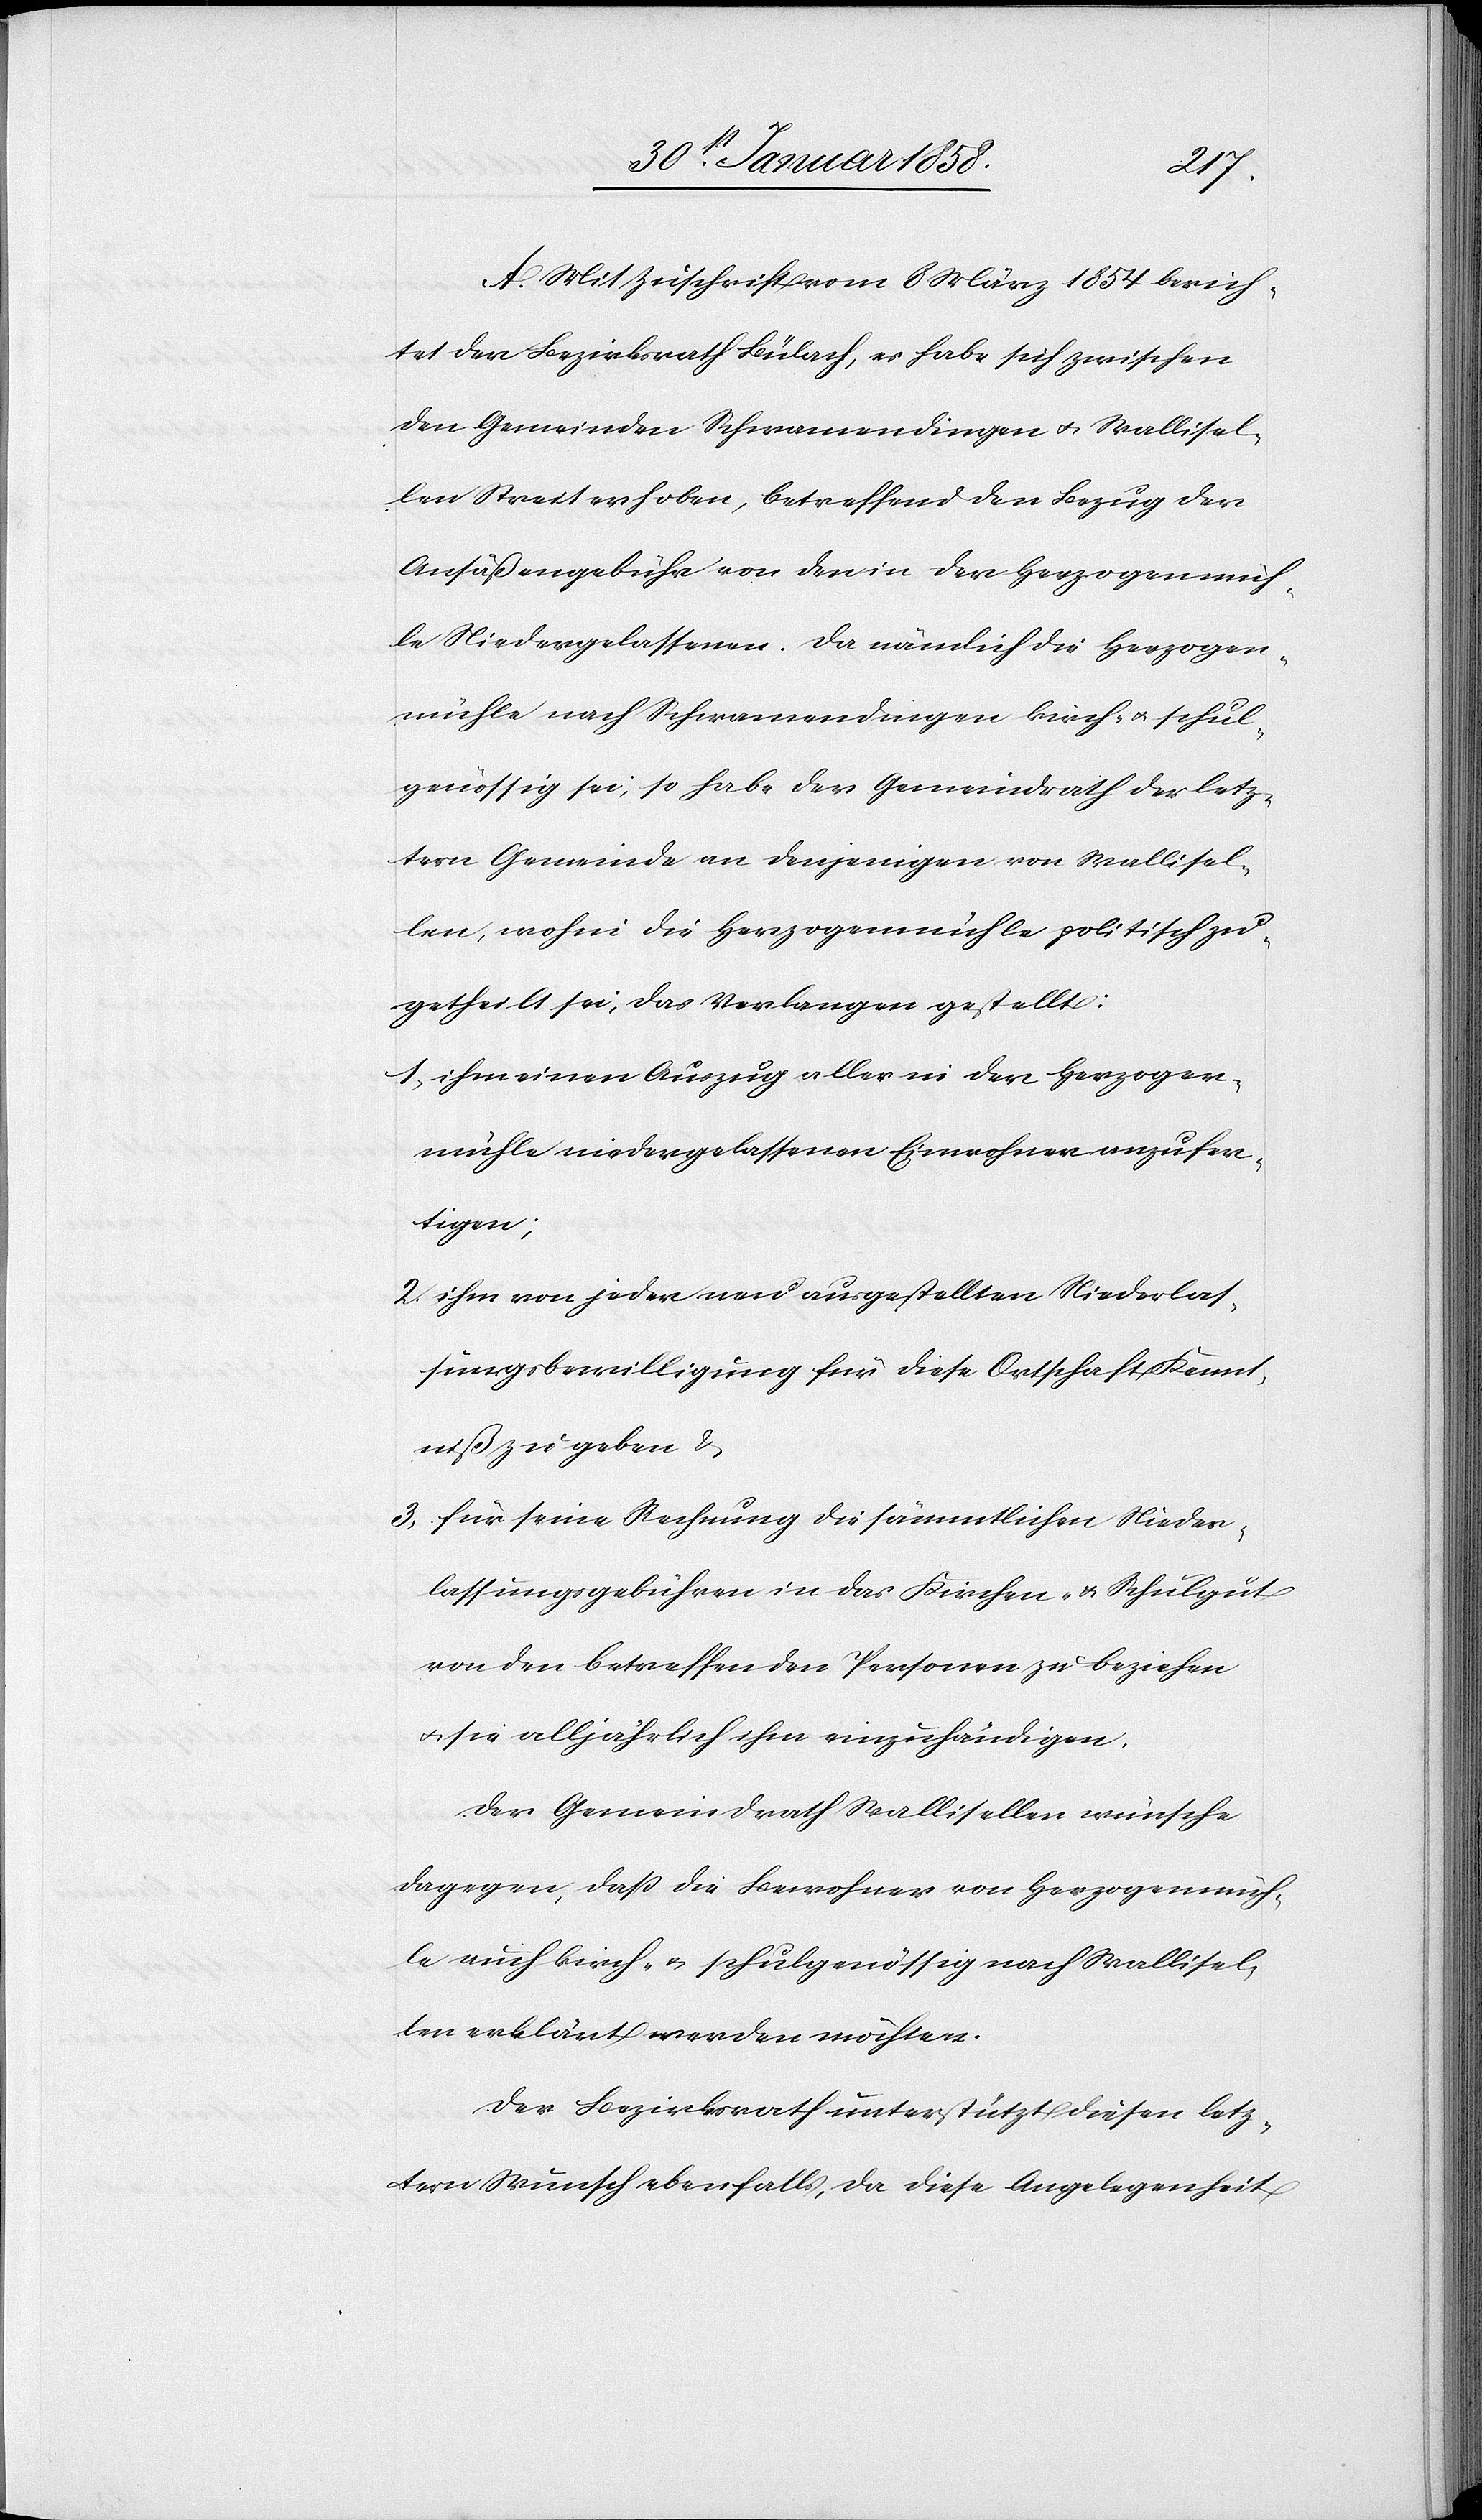
A. Mit Zuschrift vom 8 März 1854 berich¬
tet der Bezirksrath Bülach, es habe sich zwischen
den Gemeinden Schwamendingen u. Wallisel¬
len Streit erhoben, betreffend den Bezug der
Ansäßengebühr von den in der Herzogenmüh¬
le Niedergelassenen. Da nämlich die Herzogen¬
mühle nach Schwamendingen kirch- u. schul¬
genössig sei, so habe der Gemeindrath der letz¬
tern Gemeinde an denjenigen von Wallisel¬
len, wohin die Herzogenmühle politisch zu¬
getheilt sei, das Verlangen gestellt:
1. ihm einen Auszug aller in der Herzogen¬
mühle niedergelassenen Einwohner anzufer¬
tigen.
2. ihm von jeder neu ausgestellten Niederlas¬
sungsbewilligung für diese Ortschaft Kennt¬
niß zu geben &
3. für seine Rechnung die sämmtlichen Nieder¬
lassungsgebühren in das Kirchen- u. Schulgut
von den betreffenden Personen zu beziehen
u. sei alljährlich ihm einzuhändigen.
Der Gemeindrath Wallisellen wünsche
dagegen, daß die Bewohner von Herzogenmüh¬
le auch kirch- u. schulgenössig nach Wallisel¬
len erklärt werden möchten.
Der Bezirksrath unterstützt diesen letz¬
tern Wunsch ebenfalls, da diese Angelegenheit